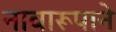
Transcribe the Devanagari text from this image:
नावारूपाने